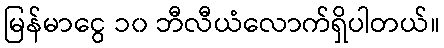
မြန်မာငွေ ၁၀ ဘီလီယံလောက်ရှိပါတယ်။